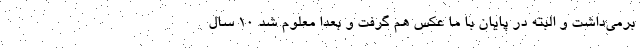
برمی‌داشت و البته در پایان با ما عکس هم گرفت و بعدا معلوم شد 10 سال